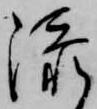
添